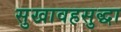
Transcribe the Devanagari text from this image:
सुखावहसुद्धा